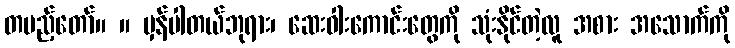
တပည့်တော်။ ။ မှန်ပါတယ်ဘုရား၊ ဆေးဝါးကောင်းတွေကို သုံးနိုင်တဲ့လူ အစား အသောက်ကို